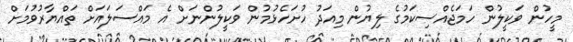
މީހުން ވަކީލުން ހަމަޖެއްސިކަމުގެ ލިޔުން މިއަދު ހުށަހެޅުމުން ވަކީލުންނަށް އެ މައްސަލައަށް ތައްޔާރުވުމަށް